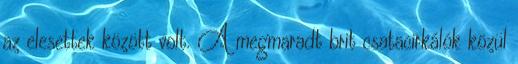
az elesettek között volt. A megmaradt brit csatacirkálók közül